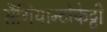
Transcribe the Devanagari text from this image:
सैंगियान्टोफेट्टी